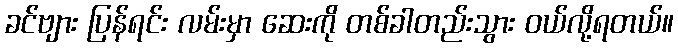
ခင်ဗျား ပြန်ရင်း လမ်းမှာ ဆေးကို တစ်ခါတည်းသွား ဝယ်လို့ရတယ်။